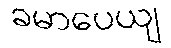
ခမာပေယျ